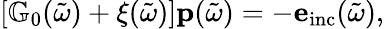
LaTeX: \begin{array}{r}{\left[\mathbb{G}_{0}(\tilde{\omega})+\xi(\tilde{\omega})\right]\mathbf{p}(\tilde{\omega})=-\mathbf{e}_{\mathrm{inc}}(\tilde{\omega}),}\end{array}